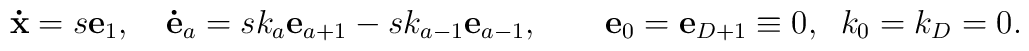
{\bf{\dot x}}=s{\bf e}_1,\quad{\bf\dot e}_a=sk_a{\bf e}_{a+1}-sk_{a-1}{\bf e}_{a-1},\quad\quad{\bf e}_0={\bf e}_{D+1}\equiv 0,\;\;k_0=k_D=0.